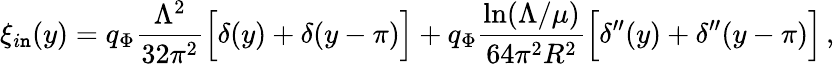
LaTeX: \xi_{i\mathtt{n}}(y)=q_{\Phi}\frac{{\Lambda^{2}}}{{32\pi^{2}}}\Big[\delta(y)+\delta(y-\pi)\Big]+q_{\Phi}\frac{{\ln(\Lambda/\mu)}}{{64\pi^{2}R^{2}}}\Big[\delta^{\prime\prime}(y)+\delta^{\prime\prime}(y-\pi)\Big]\, ,